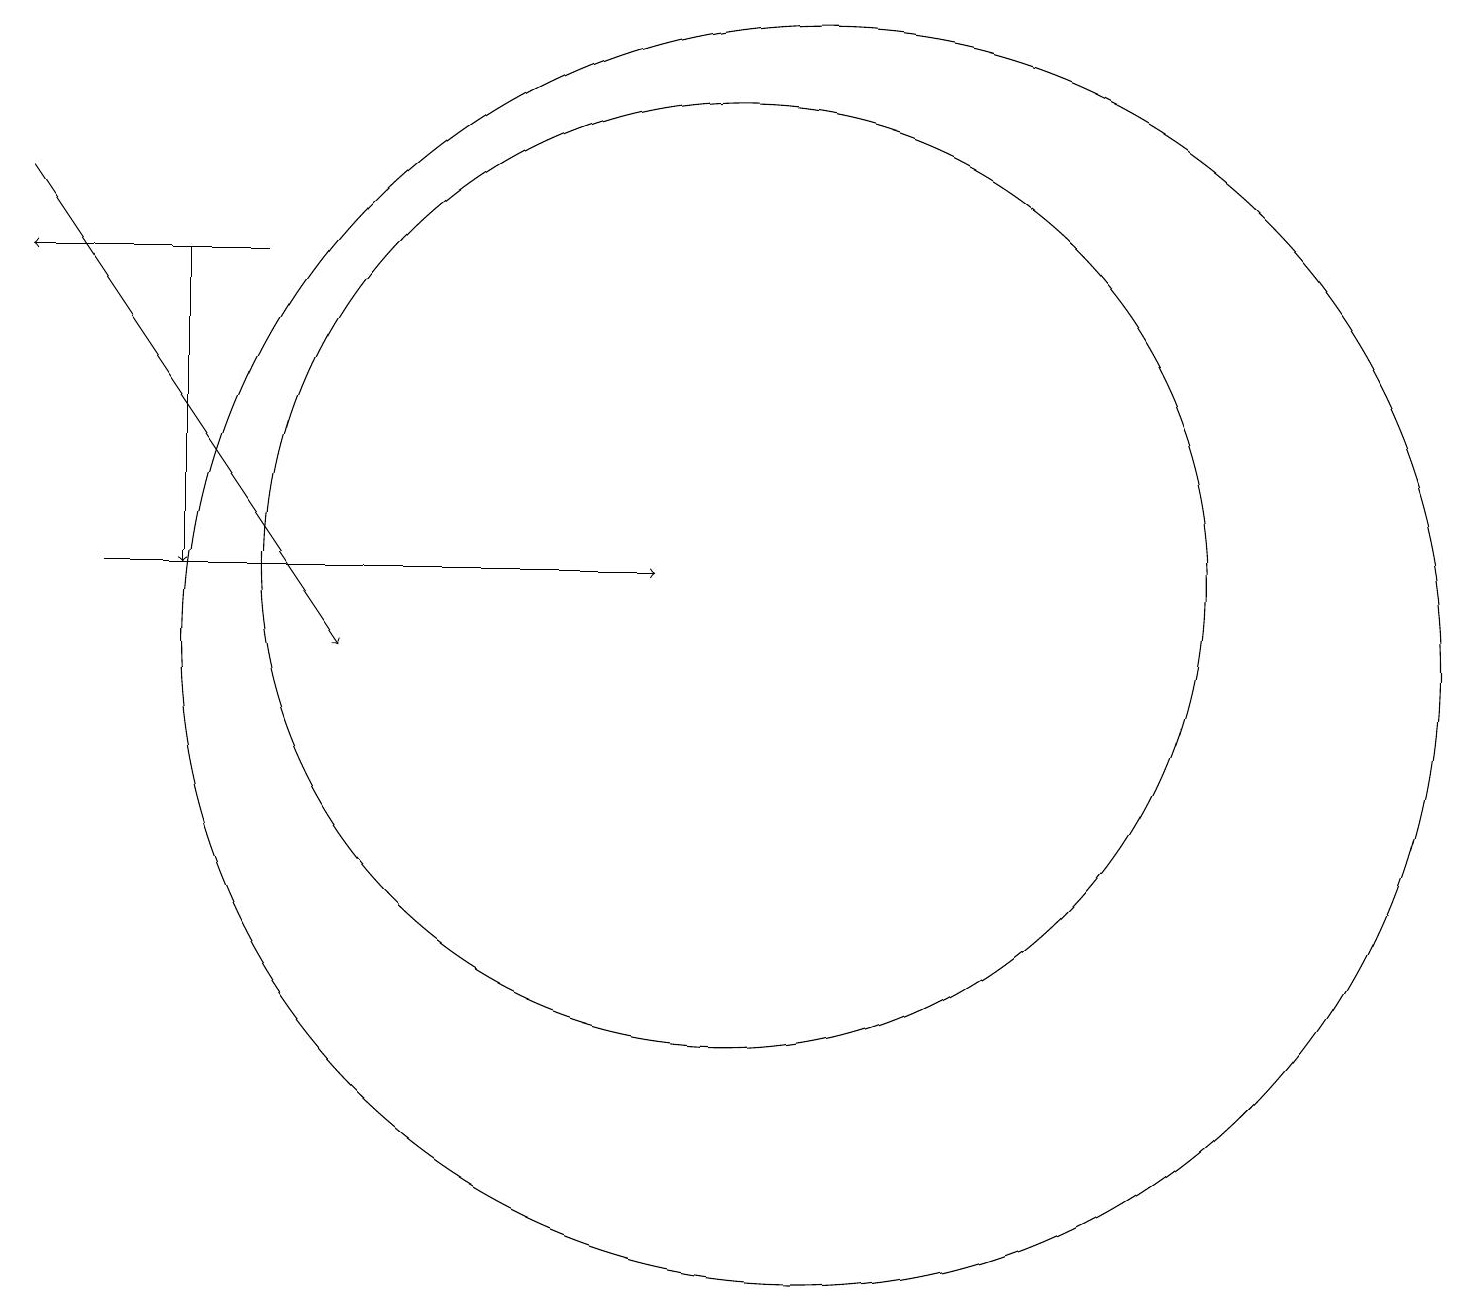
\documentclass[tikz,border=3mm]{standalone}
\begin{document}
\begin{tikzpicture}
\draw[->] (3,15) -- (3,11);
\draw (10,11) circle (6);
\draw[->] (4,15) -- (1,15);
\draw[->] (1,16) -- (5,10);
\draw[->] (2,11) -- (9,11);
\draw (11,10) circle (8);
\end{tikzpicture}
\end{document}